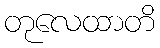
တုလေထာတိ